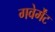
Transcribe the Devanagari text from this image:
गवेर्मेंट